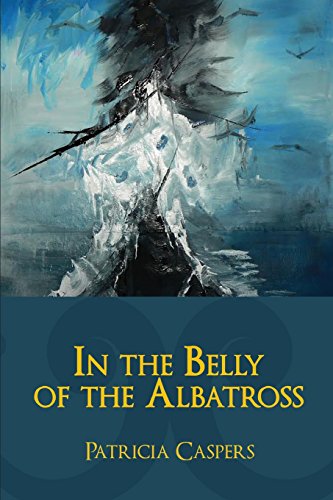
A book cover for In The Belly of the Albatross; Patricia Caspers; Literature & Fiction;